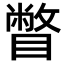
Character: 瞥